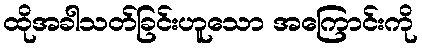
ထိုအခါသတ်ခြင်းဟူသော အကြောင်းကို